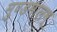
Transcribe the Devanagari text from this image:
मुण्डमालम्